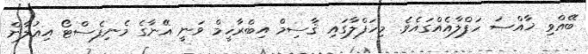
ބޭއްވި ޚާއްޞަ ހަފްލާއެއްގައެވެ. މިހަފްލާގައި ޤާސިމް އިބްރާހީމް ވަނީ އޭނާގެ މެނިފެސްޓޯ އިޢުލާން